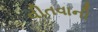
વીતવાની